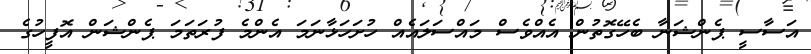
އަސާސީ ޕެންޝަނާ ބެހޭގޮތުން އެއްވެސް މައްސަލައެއް ހުށަހަޅާނަމަ އެންމެ ފުރަތަމަ ޕެންޝަން އޮފީހުގެ